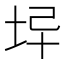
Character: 𡊓